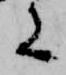
に